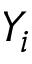
Y _ { i }